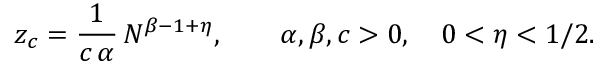
z _ { c } = \frac { 1 } { c \, \alpha } \, N ^ { \beta - 1 + \eta } , \qquad \alpha , \beta , c > 0 , \quad 0 < \eta < { 1 } / { 2 } .